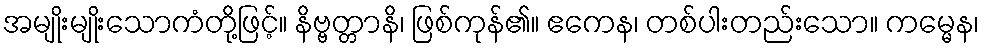
အမျိုးမျိုးသောကံတို့ဖြင့်။ နိဗ္ဗတ္တာနိ၊ ဖြစ်ကုန်၏။ ဧကေန၊ တစ်ပါးတည်းသော။ ကမ္မေန၊